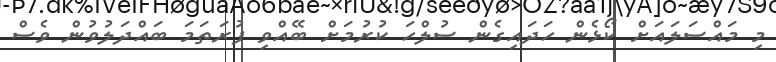
މި މައްސަލައަށް ކޯޅެން ހަދައިގެން ސުލްހަ ކުރުމަށް ބޭއްވި ފުރަތަމަ ބައްދަލުވުން ވެސް